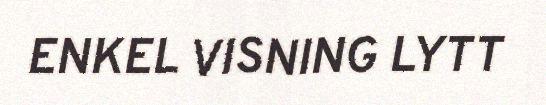
ENKEL VISNING LYTT